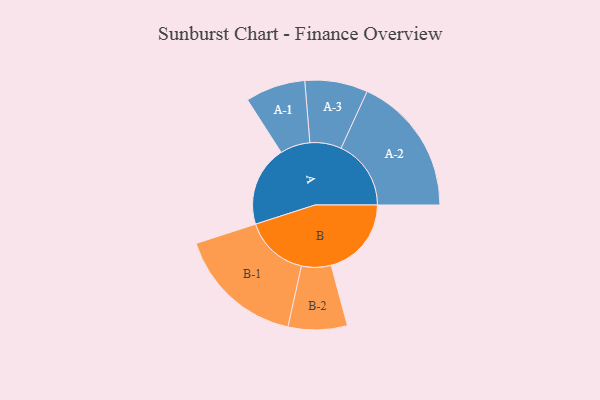
{"axis": {"x": "Segment", "y": "Value"}, "legend": ["", "A", "B"], "data": [{"x": "A", "y": 338, "type": ""}, {"x": "B", "y": 337, "type": ""}, {"x": "A-1", "y": 126, "type": "A"}, {"x": "A-2", "y": 294, "type": "A"}, {"x": "A-3", "y": 132, "type": "A"}, {"x": "B-1", "y": 268, "type": "B"}, {"x": "B-2", "y": 124, "type": "B"}]}